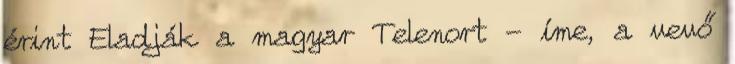
érint Eladják a magyar Telenort - íme, a vevő